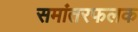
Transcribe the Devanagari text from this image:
समांतरफलक